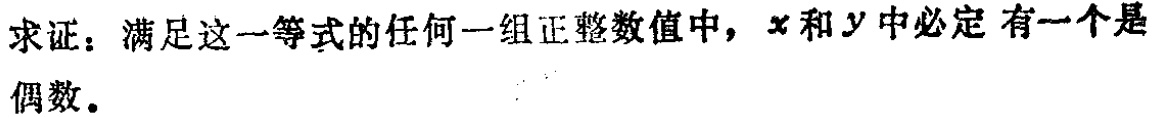
求证：满足这一等式的任何一组正整数值中，\(x\)和\(y\)中必定有一个是偶数。